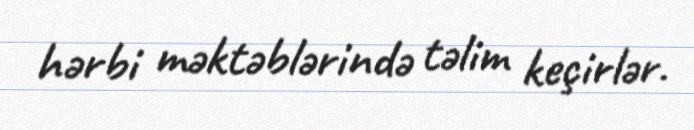
hərbi məktəblərində təlim keçirlər.